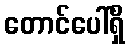
တောင်ပေါ်ရှိ